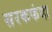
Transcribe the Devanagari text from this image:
सरकफंदा